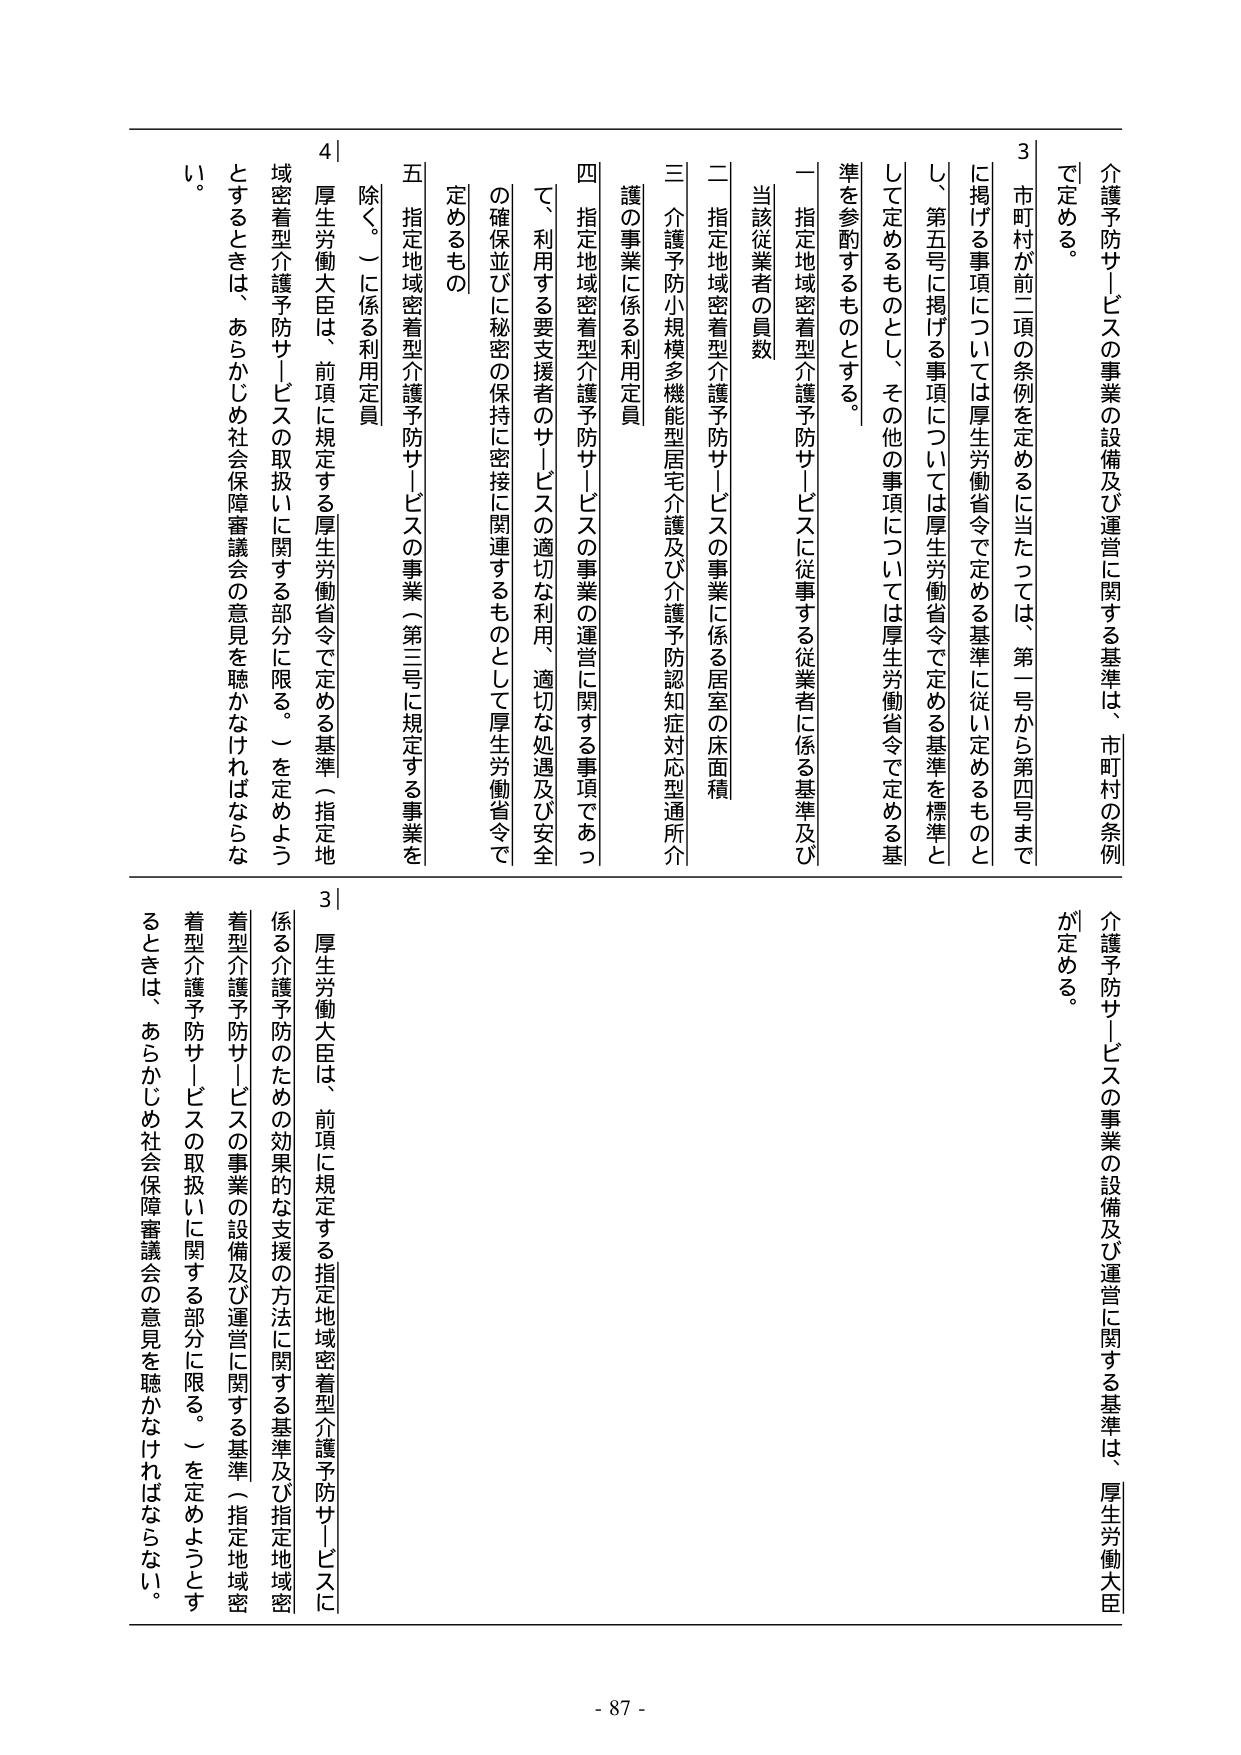
介護予防サービスの事業の設備及び運営に関する基準は、市町村の条例で定める。

3 市町村が前二項の条例を定めるに当たっては、第一号から第四号までに掲げる事項については厚生労働省令で定める基準に従い定めるものとし、第五号に掲げる事項については厚生労働省令で定める基準を標準として定めるものとし、その他の事項については厚生労働省令で定める基準を参酌するものとする。

一 指定地域密着型介護予防サービスに従事する従業者に係る基準及び当該従業者の員数

二 指定地域密着型介護予防サービスの事業に係る居室の床面積

三 介護予防小規模多機能型居宅介護及び介護予防認知症対応型通所介護の事業に係る利用定員

四 指定地域密着型介護予防サービスの事業の運営に関する事項であって、利用する要支援者のサービスの適切な利用、適切な処遇及び安全の確保並びに秘密の保持に密接に関連するものとして厚生労働省令で定めるもの

五 指定地域密着型介護予防サービスの事業（第三号に規定する事業を除く。）に係る利用定員

4 厚生労働大臣は、前項に規定する厚生労働省令で定める基準（指定地域密着型介護予防サービスの取扱いに関する部分に限る。）を定めようとするときは、あらかじめ社会保障審議会の意見を聴かなければならない。

介護予防サービスの事業の設備及び運営に関する基準は、厚生労働大臣が定める。

3 厚生労働大臣は、前項に規定する指定地域密着型介護予防サービスに係る介護予防のための効果的な支援の方法に関する基準及び指定地域密着型介護予防サービスの事業の設備及び運営に関する基準（指定地域密着型介護予防サービスの取扱いに関する部分に限る。）を定めようとするときは、あらかじめ社会保障審議会の意見を聴かなければならない。

- 87 -